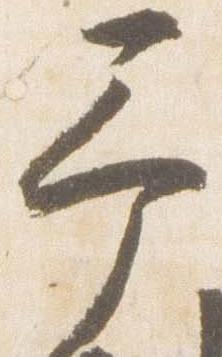
予